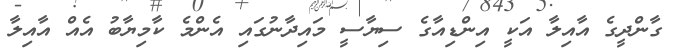
ގާންދީގެ އާއިލާ އަކީ އިންޑިއާގެ ސިޔާސީ މައިދާނުގައި އެންމެ ކާމިޔާބު އެއް އާއިލާ